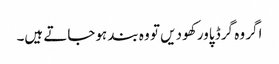
اگر وہ گرڈ پاور کھو دیں تو وہ بند ہوجاتے ہیں۔